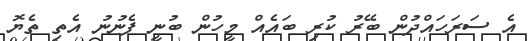
އެ ސަރަހައްދުން ބޭރު ކުރި ބައެއް މީހުން ބުނީ ފެނުނު އެތި ތެޔޮ